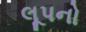
લૂપનો